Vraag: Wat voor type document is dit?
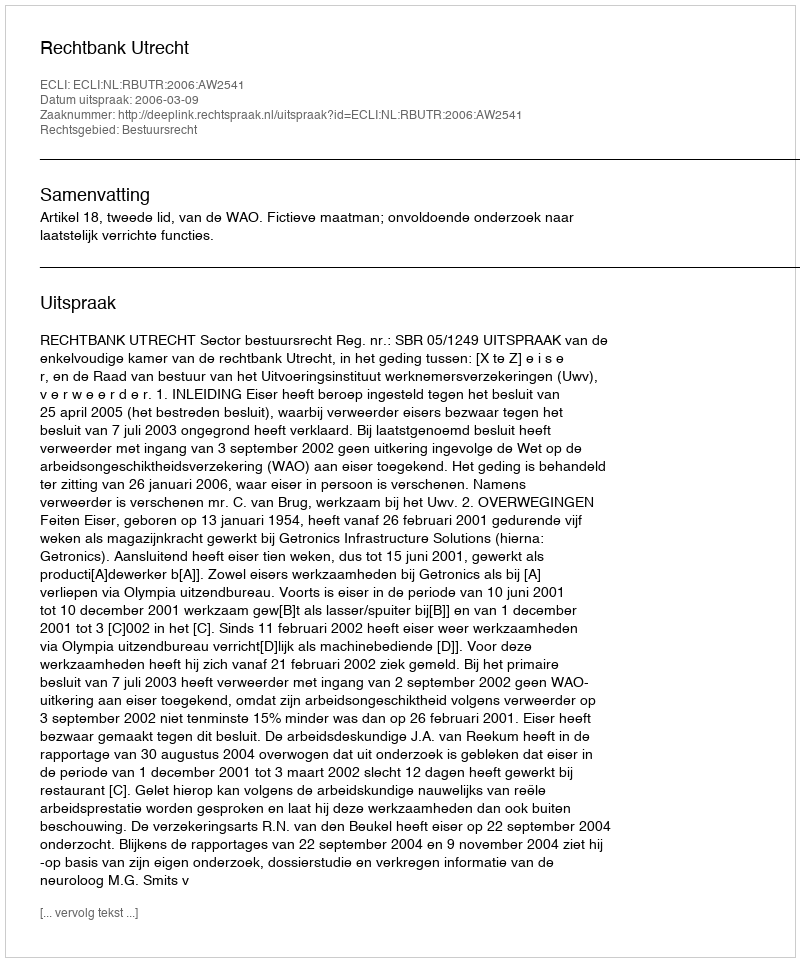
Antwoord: Uitspraak